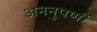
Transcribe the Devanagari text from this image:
अननुपर्णी